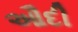
ઔદી